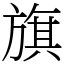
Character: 旗